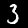
Label: 3